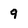
Character: 9